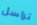
تراسل